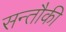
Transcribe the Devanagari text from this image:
सन्तौकी